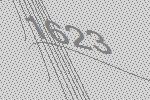
1623